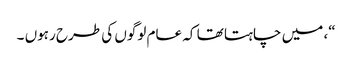
“، میں چاہتا تھا کہ عام لوگوں کی طرح رہوں ۔